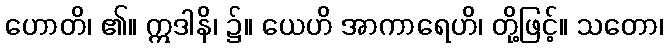
ဟောတိ၊ ၏။ ဣဒါနိ၊ ၌။ ယေဟိ အာကာရေဟိ၊ တို့ဖြင့်။ သတော၊